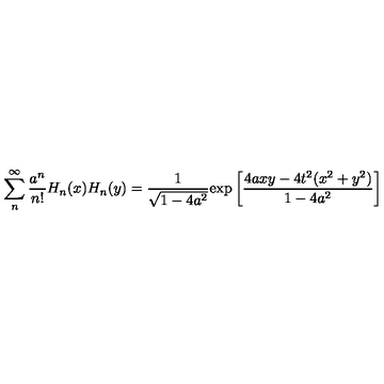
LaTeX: \sum _ { n } ^ { \infty } { \frac { a ^ { n } } { n ! } } H _ { n } ( x ) H _ { n } ( y ) = { \frac { 1 } { \sqrt { 1 - 4 a ^ { 2 } } } } \mathrm { e x p } \left[ { \frac { 4 a x y - 4 t ^ { 2 } ( x ^ { 2 } + y ^ { 2 } ) } { 1 - 4 a ^ { 2 } } } \right]